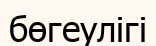
бөгеулігі